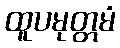
ထူပမုတ္တမံ